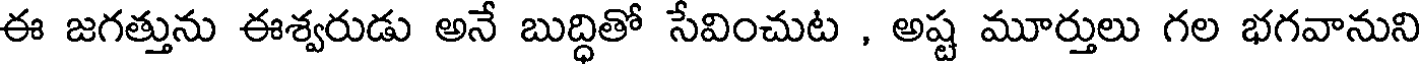
ఈ జగత్తును ఈశ్వరుడు అనే బుద్ధితో సేవించుట , అష్ట మూర్తులు గల భగవానుని